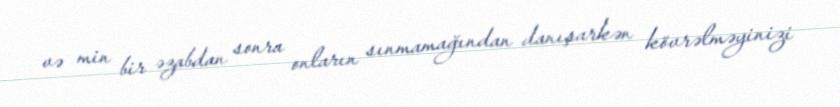
və min bir əzabdan sonra onların sınmamağından danışarkən kövrəlməyinizi